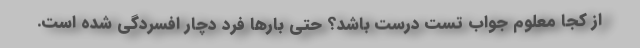
از کجا معلوم جواب تست درست باشد؟ حتی بارها فرد دچار افسردگی شده است.